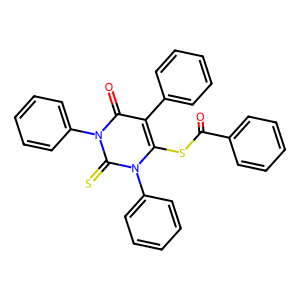
SMILES: O=C(Sc1c(-c2ccccc2)c(=O)n(-c2ccccc2)c(=S)n1-c1ccccc1)c1ccccc1
Inhibits HIV replication: No